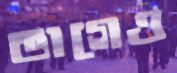
ভাগেও